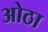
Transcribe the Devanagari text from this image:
ओठा